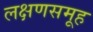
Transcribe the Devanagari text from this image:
लक्षणसमूह